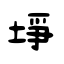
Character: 埩